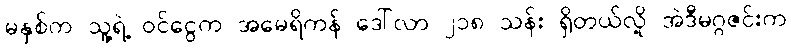
မနှစ်က သူ့ရဲ့ ဝင်ငွေက အမေရိကန် ဒေါ်လာ ၂၁၈ သန်း ရှိတယ်လို့ အဲဒီမဂ္ဂဇင်းက